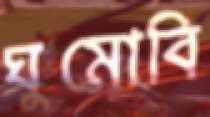
ঘুমোবি